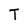
Character: T